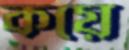
কয়ে